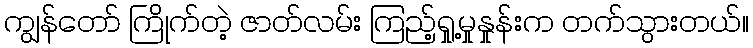
ကျွန်တော် ကြိုက်တဲ့ ဇာတ်လမ်း ကြည့်ရှု့မှုနှုန်းက တက်သွားတယ်။